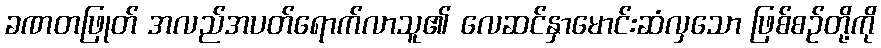
ခဏတဖြုတ် အလည်အပတ်ရောက်လာသူ၏ လေဆင်နှာမောင်းဆံလှသော ဖြစ်စဉ်တို့ကို